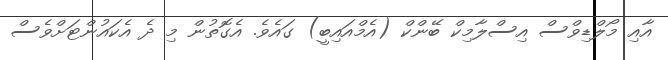
އާއި މޯލްޑިވްސް އިސްލާމިކް ބޭންކް (އެމްއައިބީ) ގައެވެ. އެގޮތުން މި ދެ އެކައުންޓަށްވެސް